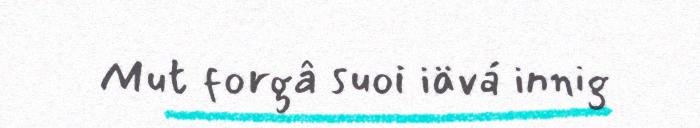
Mut forgâ suoi iävá innig